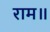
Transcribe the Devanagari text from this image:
राम॥